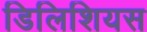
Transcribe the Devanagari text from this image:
डिलिशियस